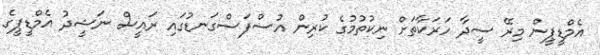
އެމްޑީޕީން މިރޭ ސީދާ ހަރަކާތަށް ނިކުތުމުގެ ކުރިން އުސްފަސްގަނޑުގައި ރައީސް ނަޝީދު އެމްޑީޕީގެ